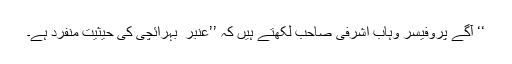
‘‘ آگے پروفیسر وہاب اشرفی صاحب لکھتے ہیں کہ ’’عنبر ؔ بہرائچی کی حیثیت منفرد ہے۔